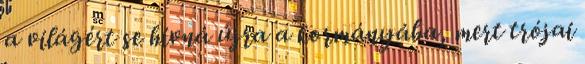
a világért se hívná újra a kormányába, mert trójai